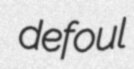
defoul